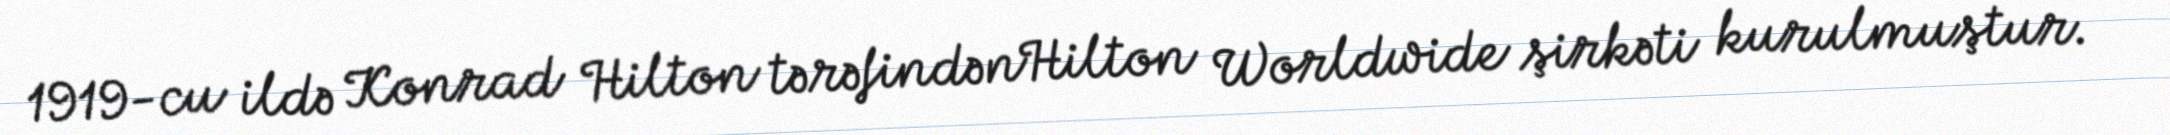
1919-cu ildə Konrad Hilton tərəfindənHilton Worldwide şirkəti kurulmuştur.